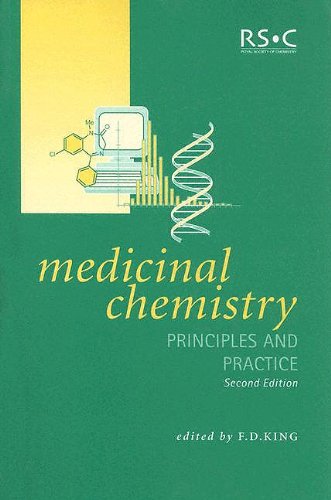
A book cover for Medicinal Chemistry: Principles and Practice; Medical Books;